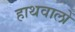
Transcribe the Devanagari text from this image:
हाथवालों